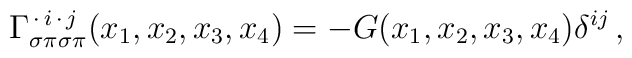
\Gamma^{\,\cdot\,i\,\cdot\,j}_{\sigma\pi\sigma\pi}(x_1,x_2,x_3,x_4) = - G(x_1,x_2,x_3,x_4)\delta^{ij}\,,